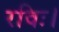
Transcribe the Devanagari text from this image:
रविः।